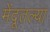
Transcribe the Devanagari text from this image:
मेंदूतल्या